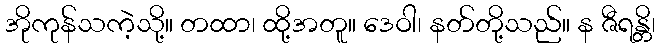
အိုကုန်သကဲ့သို့။ တထာ၊ ထို့အတူ။ ဒေဝါ၊ နတ်တို့သည်။ န ဇီရန္တိ၊